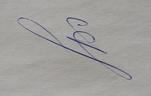
Signature authenticity: genuine